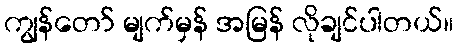
ကျွန်တော် မျက်မှန် အမြန် လိုချင်ပါတယ်။